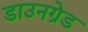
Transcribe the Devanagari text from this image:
डाउनग्रेड